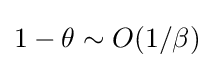
1-\theta \sim O(1/\beta )